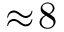
\approx \! 8